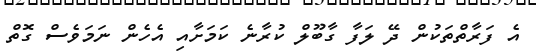
އެ ފަރާތްތަކުން ދޭ ލަފާ ގާބޫލް ކުރާނެ ކަމަށާއި އެހެން ނަމަވެސް ގޮތް